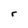
Character: Y